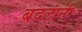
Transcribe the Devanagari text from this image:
बदलांनी